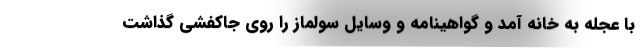
با عجله به خانه آمد و گواهینامه و وسایل سولماز را روی جاکفشی گذاشت